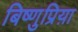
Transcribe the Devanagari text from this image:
बिष्णुप्रिय़ा